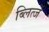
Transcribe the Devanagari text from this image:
ब्लित्जें